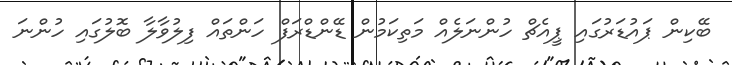
ބޭކިން ޕައުޑަރުގައި ޕީއެޗް ހުންނަލެއް މަތިކަމުން ޑޭންޑްރަފް ހަންތައް ފިލުވާލާ ބޮލުގައި ހުންނަ